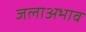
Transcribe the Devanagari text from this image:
जलाअभाव